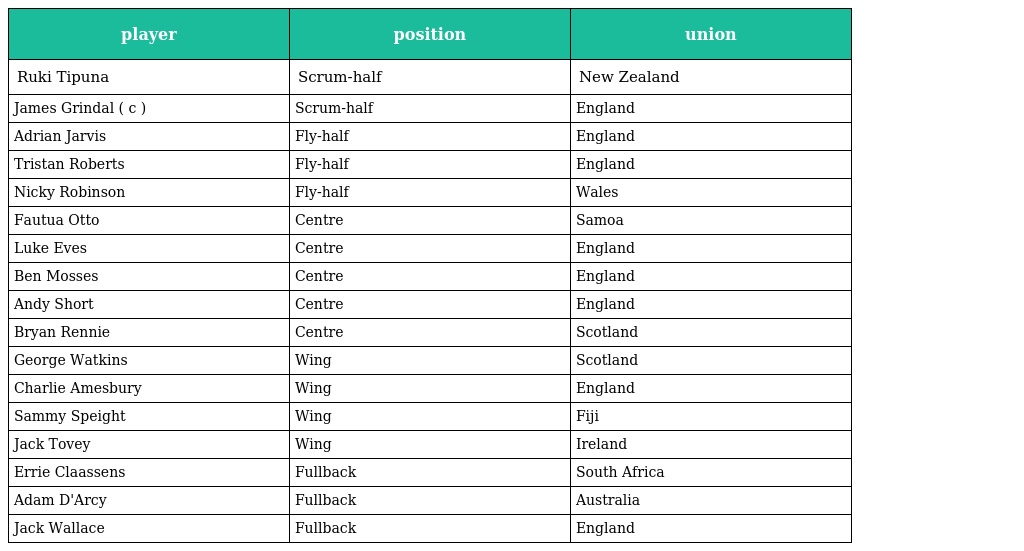
| player | position | union |
 | --- | --- | --- |
 | Ruki Tipuna | Scrum-half | New Zealand |
 | James Grindal ( c ) | Scrum-half | England |
 | Adrian Jarvis | Fly-half | England |
 | Tristan Roberts | Fly-half | England |
 | Nicky Robinson | Fly-half | Wales |
 | Fautua Otto | Centre | Samoa |
 | Luke Eves | Centre | England |
 | Ben Mosses | Centre | England |
 | Andy Short | Centre | England |
 | Bryan Rennie | Centre | Scotland |
 | George Watkins | Wing | Scotland |
 | Charlie Amesbury | Wing | England |
 | Sammy Speight | Wing | Fiji |
 | Jack Tovey | Wing | Ireland |
 | Errie Claassens | Fullback | South Africa |
 | Adam D'Arcy | Fullback | Australia |
 | Jack Wallace | Fullback | England |